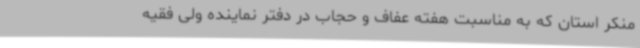
منکر استان که به‌ مناسبت هفته عفاف و حجاب در دفتر نماینده ولی فقیه